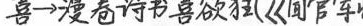
喜→漫卷诗书喜欲狂《闻官》